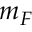
m _ { F }